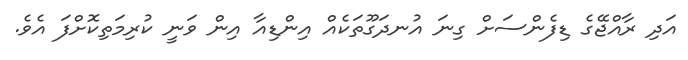
އަދި ރާއްޖޭގެ ޑިފެންސަށް ގިނަ އުނދަގޫތަކެއް އިންޑިއާ އިން ވަނީ ކުރިމަތިކޮށްފަ އެވެ.